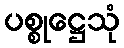
ပစ္စုဋ္ဌေသုံ